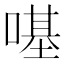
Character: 𠼻